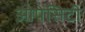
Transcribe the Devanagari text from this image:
ओपेसिटी